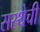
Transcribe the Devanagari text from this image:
सस्थेची